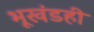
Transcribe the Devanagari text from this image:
भूखंडही